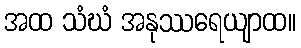
အထ သံဃံ အနုဿရေယျာထ။